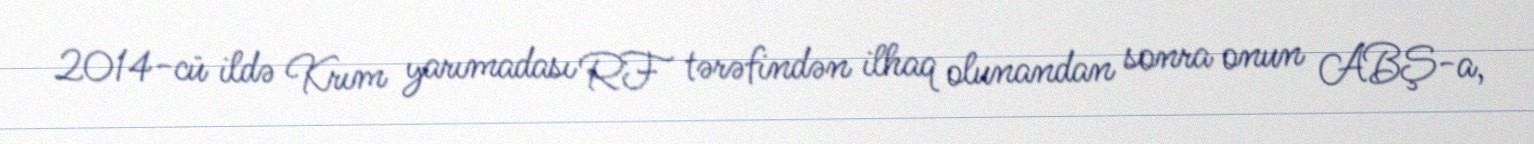
2014-cü ildə Krım yarımadası RF tərəfindən ilhaq olunandan sonra onun ABŞ-a,